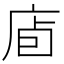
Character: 𢈞